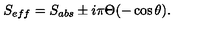
S _ { e f f } = S _ { a b s } \pm i \pi \Theta ( - \cos \theta ) .